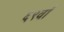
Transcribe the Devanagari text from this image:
६९वाँ